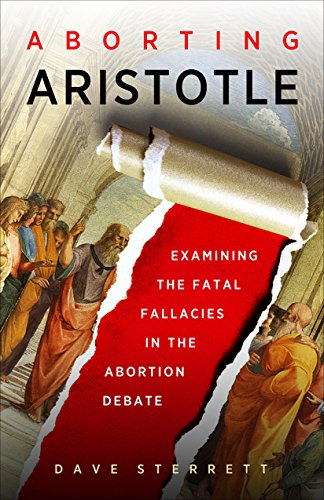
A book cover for Aborting Aristotle: Examining the Fatal Fallacies in the Abortion Debate; Dave Sterrett; Politics & Social Sciences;